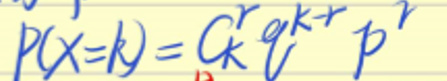
$P(X = k) = C_{k}^{r}q^{k - r}p^{r}$